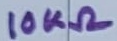
Text: 10KΩ